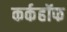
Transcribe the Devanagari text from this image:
कर्कहॉफ